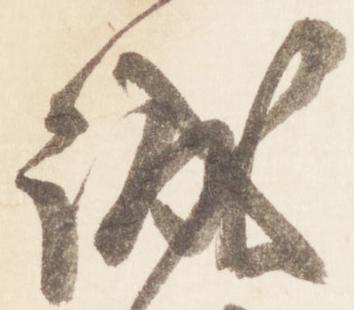
誠